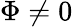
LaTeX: \Phi\neq 0